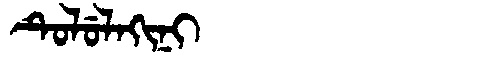
Manchu: ᡨᡠᠯᡠᠯᠠᡴᡳᠨᡳ
Romanization: TULULAKINI